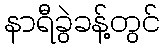
နာရီခွဲခန့်တွင်